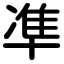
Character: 凖